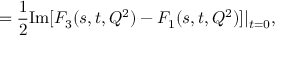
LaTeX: \quad \quad \quad \; \; \; = \frac { 1 } { 2 } \mathrm { I m } [ F _ { 3 } ( s , t , Q ^ { 2 } ) - F _ { 1 } ( s , t , Q ^ { 2 } ) ] | _ { t = 0 } ,